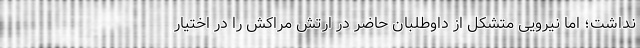
نداشت؛ اما نیرویی متشکل از داوطلبان حاضر در ارتش مراکش را در اختیار